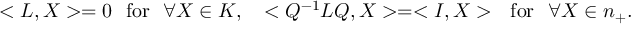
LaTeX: < L , X > = 0 ~ ~ \mathrm { f o r } ~ ~ \forall X \in { \cal K } , ~ ~ < Q ^ { - 1 } L Q , X > = < I , X > ~ ~ \mathrm { f o r } ~ ~ \forall X \in n _ { + } .